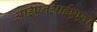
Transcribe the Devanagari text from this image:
आईएनआईएएच